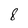
Character: 8